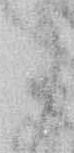
に